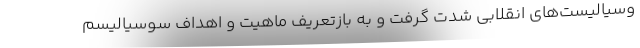
وسیالیست‌های انقلابی شدت گرفت و به بازتعریف ماهیت و اهداف سوسیالیسم